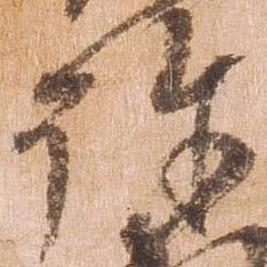
許